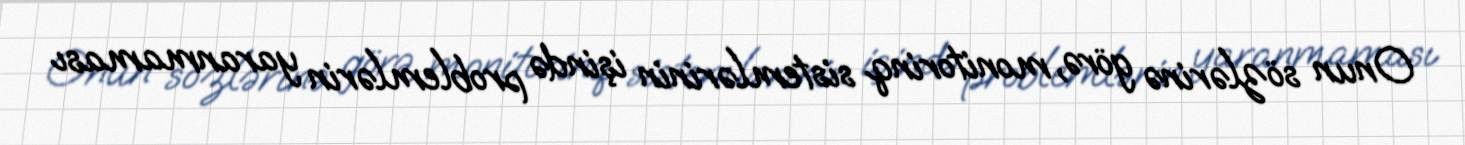
Onun sözlərinə görə, monitorinq sistemlərinin işində problemlərin yaranmaması